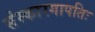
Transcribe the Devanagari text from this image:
संस्कारगापतिः